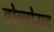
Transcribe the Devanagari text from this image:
वोल्गेमट